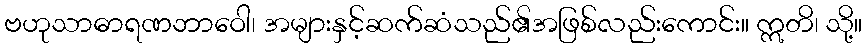
ဗဟုသာဓာရဏဘာဝေါ၊ အများနှင့်ဆက်ဆံသည်၏အဖြစ်လည်းကောင်း။ ဣတိ၊ သို့။